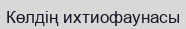
Көлдің ихтиофаунасы